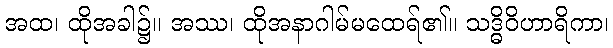
အထ၊ ထိုအခါ၌။ အဿ၊ ထိုအနာဂါမ်မထေရ်၏။ သဒ္ဓိဝိဟာရိကာ၊